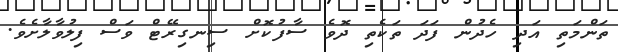
ތަންމަތި އަދި ހެދުން ފަދަ ތަކެތި ދޮވެ ސާފުކޮށް ސިނގިރޭޓް ވަސް ފިލުވާލާށެވެ.